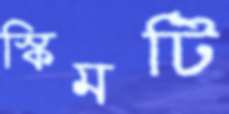
স্কিমটি